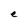
Character: e